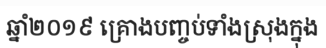
ឆ្នាំ២០១៩ គ្រោងបញ្ចប់ទាំងស្រុងក្នុង